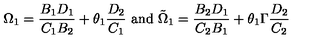
\Omega _ { 1 } = { \frac { B _ { 1 } D _ { 1 } } { C _ { 1 } B _ { 2 } } } + \theta _ { 1 } { \frac { D _ { 2 } } { C _ { 1 } } } \ \mathrm { a n d } \ \tilde { \Omega } _ { 1 } = { \frac { B _ { 2 } D _ { 1 } } { C _ { 2 } B _ { 1 } } } + \theta _ { 1 } \Gamma { \frac { D _ { 2 } } { C _ { 2 } } }